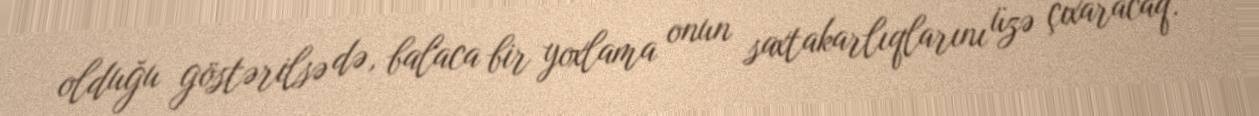
olduğu göstərilsə də, balaca bir yoxlama onun saxtakarlıqlarını üzə çıxaracaq.